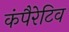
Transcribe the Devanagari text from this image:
कंपैरेटिव